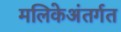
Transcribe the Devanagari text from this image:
मलिकेअंतर्गत